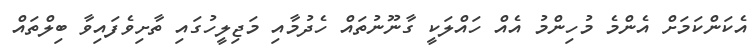
އެކަންކަމަށް އެންމެ މުހިންމު އެއް ހައްލަކީ ގާނޫނުތައް ހެދުމާއި މަޖިލީހުގައި ތާށިވެފައިވާ ބިލްތައް